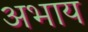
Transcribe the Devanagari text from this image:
अभाय